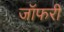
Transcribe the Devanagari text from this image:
जॉफरी